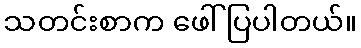
သတင်းစာက ဖေါ်ပြပါတယ်။